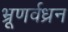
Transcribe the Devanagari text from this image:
भ्रूणर्वध्रन